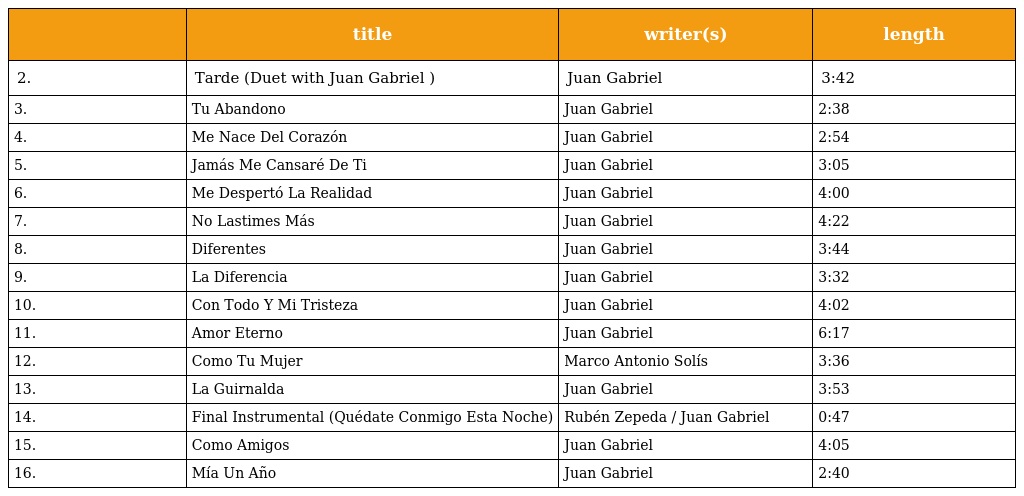
|  | title | writer(s) | length |
 | --- | --- | --- | --- |
 | 2. | Tarde (Duet with Juan Gabriel ) | Juan Gabriel | 3:42 |
 | 3. | Tu Abandono | Juan Gabriel | 2:38 |
 | 4. | Me Nace Del Corazón | Juan Gabriel | 2:54 |
 | 5. | Jamás Me Cansaré De Ti | Juan Gabriel | 3:05 |
 | 6. | Me Despertó La Realidad | Juan Gabriel | 4:00 |
 | 7. | No Lastimes Más | Juan Gabriel | 4:22 |
 | 8. | Diferentes | Juan Gabriel | 3:44 |
 | 9. | La Diferencia | Juan Gabriel | 3:32 |
 | 10. | Con Todo Y Mi Tristeza | Juan Gabriel | 4:02 |
 | 11. | Amor Eterno | Juan Gabriel | 6:17 |
 | 12. | Como Tu Mujer | Marco Antonio Solís | 3:36 |
 | 13. | La Guirnalda | Juan Gabriel | 3:53 |
 | 14. | Final Instrumental (Quédate Conmigo Esta Noche) | Rubén Zepeda / Juan Gabriel | 0:47 |
 | 15. | Como Amigos | Juan Gabriel | 4:05 |
 | 16. | Mía Un Año | Juan Gabriel | 2:40 |